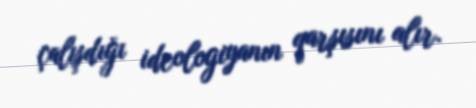
çalışdığı ideologiyanın qarşısını alır.